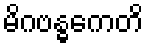
မိဂဗန္ဓကေတိ